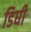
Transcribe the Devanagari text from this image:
डिघी